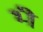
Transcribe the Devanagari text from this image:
भ्‍ी